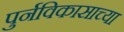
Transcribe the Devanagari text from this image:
पुर्नविकासाच्या